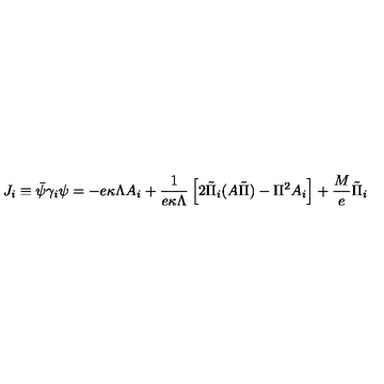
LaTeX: J _ { i } \equiv \bar { \psi } \gamma _ { i } \psi = - e \kappa \Lambda A _ { i } + \frac { 1 } { e \kappa \Lambda } \left[ 2 \tilde { \Pi } _ { i } ( A \tilde { \Pi } ) - \Pi ^ { 2 } A _ { i } \right] + \frac { M } { e } \tilde { \Pi } _ { i }